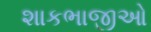
શાકભાજીઓ